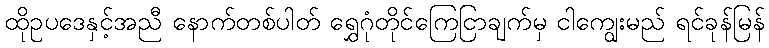
ထိုဥပဒေနှင့်အညီ နောက်တစ်ပါတ် ရွှေဂုံတိုင်ကြေငြာချက်မှ ငါကျွေးမည် ရင်ခုန်မြန်